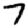
Digit: 7